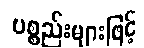
ပစ္စည်းများဖြင့်